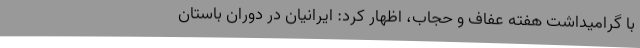
با گرامیداشت هفته عفاف و حجاب، اظهار کرد: ایرانیان در دوران باستان